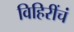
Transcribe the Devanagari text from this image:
विहिरींचं